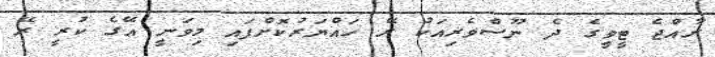
ރާއްޖެ ޓީވީގެ ދެ ނޫސްވެރިއަކު ރޭ ހައްޔަރުކޮށްފައި މިވަނީ އޭގެ ކުރީ ރޭ